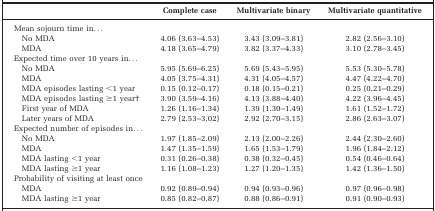
<table><thead><tr><td></td><td><b>Complete case</b></td><td><b>Multivariate binary</b></td><td><b>Multivariate quantitative</b></td></tr></thead><tbody><tr><td>Mean sojourn time in...</td><td></td><td></td><td></td></tr><tr><td>No MDA</td><td>4.06 (3.63–4.53)</td><td>3.43 (3.09–3.81)</td><td>2.82 (2.56–3.10)</td></tr><tr><td>MDA</td><td>4.18 (3.65–4.79)</td><td>3.82 (3.37–4.33)</td><td>3.10 (2.78–3.45)</td></tr><tr><td>Expected time over 10 years in...</td><td></td><td></td><td></td></tr><tr><td>No MDA</td><td>5.95 (5.69–6.25)</td><td>5.69 (5.43–5.95)</td><td>5.53 (5.30–5.78)</td></tr><tr><td>MDA</td><td>4.05 (3.75–4.31)</td><td>4.31 (4.05–4.57)</td><td>4.47 (4.22–4.70)</td></tr><tr><td>MDA episodes lasting &lt;1 year</td><td>0.15 (0.12–0.17)</td><td>0.18 (0.15–0.21)</td><td>0.25 (0.21–0.29)</td></tr><tr><td>MDA episodes lasting ≥1 yearb</td><td>3.90 (3.59–4.16)</td><td>4.13 (3.88–4.40)</td><td>4.22 (3.96–4.45)</td></tr><tr><td>First year of MDA</td><td>1.26 (1.16–1.34)</td><td>1.39 (1.30–1.49)</td><td>1.61 (1.52–1.72)</td></tr><tr><td>Later years of MDA</td><td>2.79 (2.53–3.02)</td><td>2.92 (2.70–3.15)</td><td>2.86 (2.63–3.07)</td></tr><tr><td>Expected number of episodes in...</td><td></td><td></td><td></td></tr><tr><td>No MDA</td><td>1.97 (1.85–2.09)</td><td>2.13 (2.00–2.26)</td><td>2.44 (2.30–2.60)</td></tr><tr><td>MDA</td><td>1.47 (1.35–1.59)</td><td>1.65 (1.53–1.79)</td><td>1.96 (1.84–2.12)</td></tr><tr><td>MDA lasting &lt;1 year</td><td>0.31 (0.26–0.38)</td><td>0.38 (0.32–0.45)</td><td>0.54 (0.46–0.64)</td></tr><tr><td>MDA lasting ≥1 year</td><td>1.16 (1.08–1.23)</td><td>1.27 (1.20–1.35)</td><td>1.42 (1.36–1.50)</td></tr><tr><td>Probability of visiting at least once</td><td></td><td></td><td></td></tr><tr><td>MDA</td><td>0.92 (0.89–0.94)</td><td>0.94 (0.93–0.96)</td><td>0.97 (0.96–0.98)</td></tr><tr><td>MDA lasting ≥1 year</td><td>0.85 (0.82–0.87)</td><td>0.88 (0.86–0.91)</td><td>0.91 (0.90–0.93)</td></tr></tbody></table>